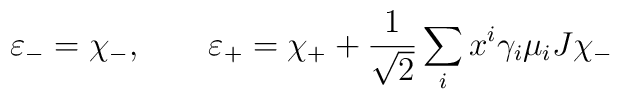
\varepsilon _- = \chi_-, \qquad \varepsilon _+ = \chi_+ + \frac{1}{\sqrt 2}\sum_i x^i \gamma_i \mu _iJ\chi_-